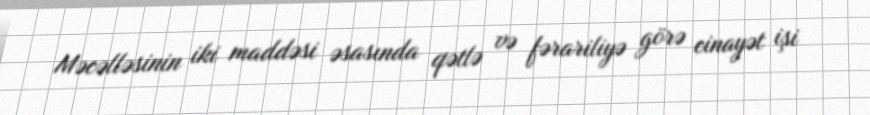
Məcəlləsinin iki maddəsi əsasında qətlə və fərariliyə görə cinayət işi